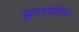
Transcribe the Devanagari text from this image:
झरनोजैसा